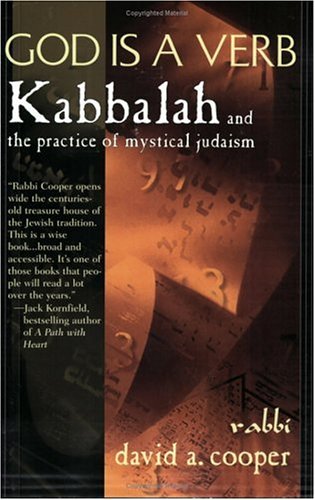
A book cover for God Is a Verb: Kabbalah and the Practice of Mystical Judaism; David A. Cooper; Religion & Spirituality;